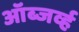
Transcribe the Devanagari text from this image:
ऑब्जर्व्ह